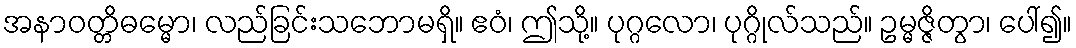
အနာဝတ္တိဓမ္မော၊ လည်ခြင်းသဘောမရှိ။ ဧဝံ၊ ဤသို့။ ပုဂ္ဂလော၊ ပုဂ္ဂိုလ်သည်။ ဥမ္မဇ္ဇိတွာ၊ ပေါ်၍။